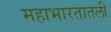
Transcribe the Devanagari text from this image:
महाभारतातली